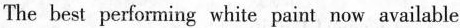
The best performing white paint now available